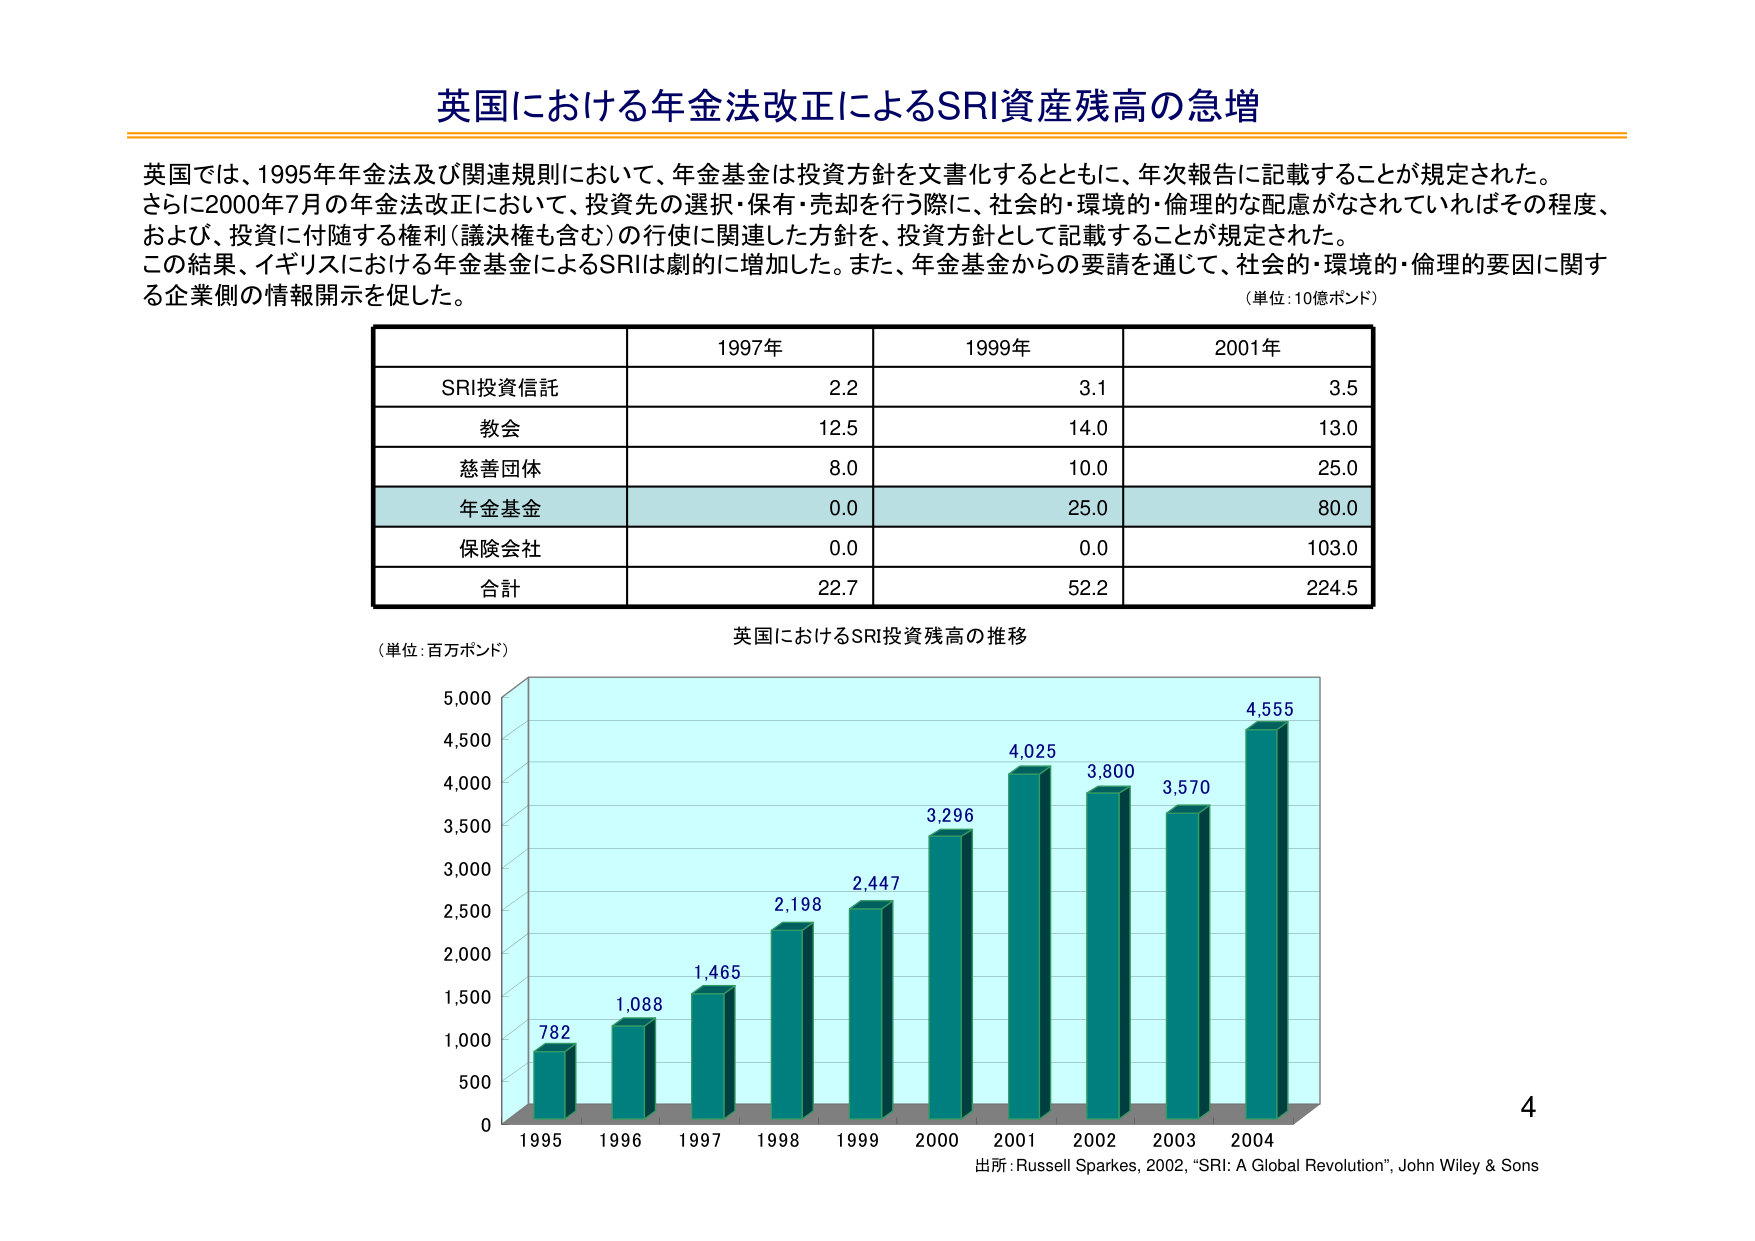
英国における年金法改正によるSRI資産残高の急増

英国では、1995年年金法及び関連規則において、年金基金は投資方針を文書化するとともに、年次報告に記載することが規定された。
さらに2000年7月の年金法改正において、投資先の選択・保有・売却を行う際に、社会的・環境的・倫理的な配慮がなされていればその程度、
および、投資に付随する権利（議決権も含む）の行使に関連した方針を、投資方針として記載することが規定された。
この結果、イギリスにおける年金基金によるSRIは劇的に増加した。また、年金基金からの要請を通じて、社会的・環境的・倫理的要因に関する
企業側の情報開示を促した。
（単位：10億ポンド）

1997年　1999年　2001年
SRI投資信託　　　2.2　　　3.1　　　3.5
教会　　　　　　12.5　　　14.0　　　13.0
慈善団体　　　　8.0　　　10.0　　　25.0
年金基金　　　　0.0　　　25.0　　　80.0
保険会社　　　　0.0　　　0.0　　　103.0
合計　　　　　　22.7　　　52.2　　　224.5

（単位：百万ポンド）
英国におけるSRI投資残高の推移

5,000
4,500
4,000
3,500
3,000
2,500
2,000
1,500
1,000
500
0

782　1,088　1,465　2,198　2,447　3,296　4,025　3,800　3,570　4,555
1995　1996　1997　1998　1999　2000　2001　2002　2003　2004

出所：Russell Sparkes, 2002, “SRI: A Global Revolution”, John Wiley & Sons

4